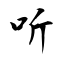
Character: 听